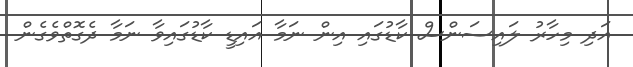
އަދި މިހާރު ލައިސަންސް ކާޑުގައި އިން ނަމާ އައިޑީ ކާޑުގައިވާ ނަމާ ދެގޮތްވެގެން